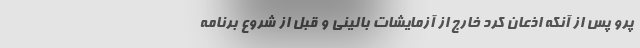
پرو پس از آنکه اذعان کرد خارج از آزمایشات بالینی و قبل از شروع برنامه